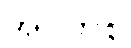
အဝတ်စ